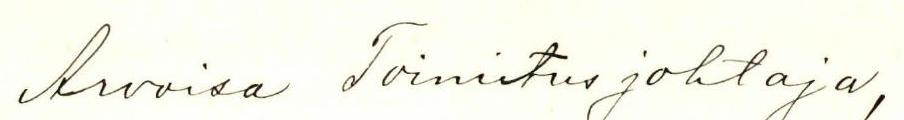
Arvoisa Toimitusjohtaja,